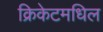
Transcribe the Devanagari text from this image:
क्रिकेटमधिल